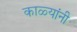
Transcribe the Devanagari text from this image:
काळ्यांनी